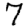
Digit: 7